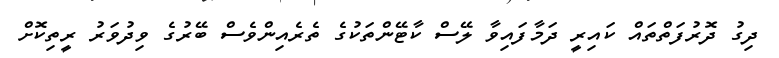
ދިގު ދޮރުފަތްތައް ކައިރީ ދަމާފައިވާ ލޭސް ކާޓޭންތަކުގެ ތެރެއިންވެސް ބޭރުގެ ވިދުވަރު ރީތިކޮށް